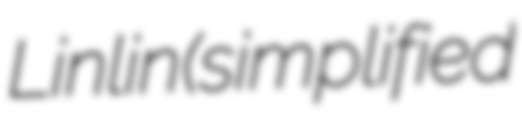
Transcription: Linlin (simplified